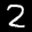
Label: 2